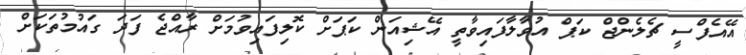
އޭއެފްސީ ޗެލެންްޖް ކަޕް އުވާލާފައިވާތީ އޭޝިއަން ކަޕަށް ކޮލިފައިވުމަށް ރާއްޖެ ފަދަ ގައުމުތަކަށް